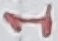
Text: 1